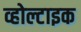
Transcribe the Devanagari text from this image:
व्होल्टाइक